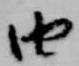
由